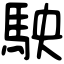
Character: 駚